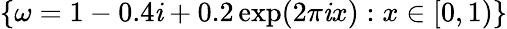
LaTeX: \{ \omega=1-0.4\mathit{i}+0.2\exp(2\pi\mathit{i}x):x\in[0,1)\}